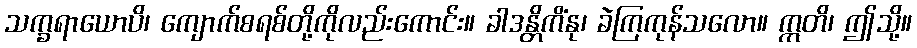
သက္ခရာယောပိ၊ ကျောက်စရစ်တို့ကိုလည်းကောင်း။ ခါဒန္တိကိံနု၊ ခဲကြကုန်သလော။ ဣတိ၊ ဤသို့။